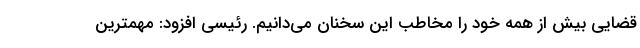
قضایی بیش از همه خود را مخاطب این سخنان می‌دانیم. رئیسی افزود: مهمترین